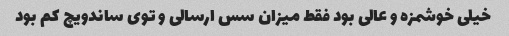
خیلی خوشمزه و عالی بود فقط میزان سس ارسالی و توی ساندویچ کم بود